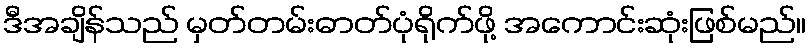
ဒီအချိန်သည် မှတ်တမ်းဓာတ်ပုံရိုက်ဖို့ အကောင်းဆုံးဖြစ်မည်။